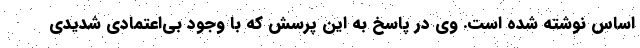
اساس نوشته شده است. وی در پاسخ به این پرسش که با وجود بی‌اعتمادی شدیدی